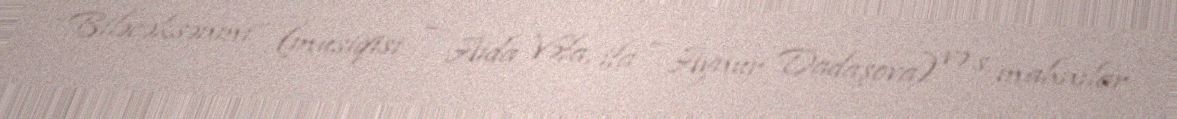
“Biləcəksənmi” (musiqisi — Aida Vəfa, ifa – Aynur Dadaşova) və s. mahnılar